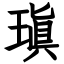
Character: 瑱